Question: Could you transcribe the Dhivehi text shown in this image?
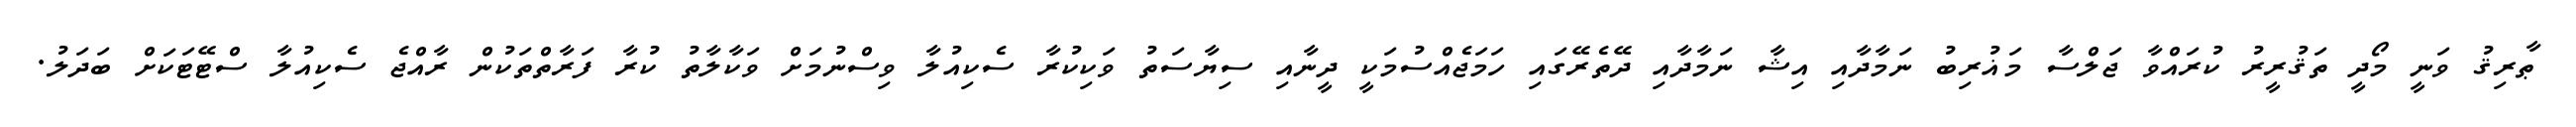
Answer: ޠާރިޤު ވަނީ މޯދީ ތަޤުރީރު ކުރައްވާ ޖަލްސާ މަޣުރިބު ނަމާދާއި އިޝާ ނަމާދާއި ދޭތެރޭގައި ހަމަޖެއްސުމަކީ ދީނާއި ސިޔާސަތު ވަކިކުރާ ސެކިއުލާ ވިސްނުމަށް ވަކާލާތު ކުރާ ފަރާތްތަކުން ރާއްޖެ ސެކިއުލާ ސްޓޭޓަކަށް ބަދަލު.